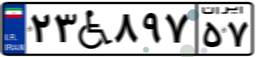
۲۳W۸۹۷۵۷